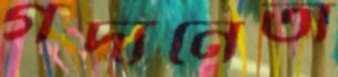
গদ্যনেতা